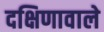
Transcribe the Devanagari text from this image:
दक्षिणावाले